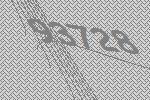
93728